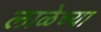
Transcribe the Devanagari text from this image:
लाळेच्या